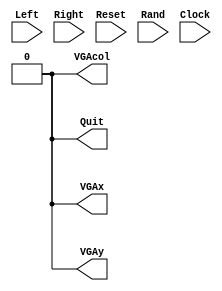
module BoatB(Left, Right, Reset, Rand, Clock, VGAx, VGAy, VGAcol, Quit);
	input Left;
	input Right;
	input Reset;
	input [15:0]Rand;
	input Clock;
	
	output VGAx;
	output VGAy;
	output VGAcol;
	output Quit;
	
	reg [21:0]ticks;
	reg [2:0]frames;
	
	parameter tperf = 22'd2; //3.125*10^6 ticks per frame - 2 ticks per frame while testing
	parameter fperb = 4'b1000; //8 frames per beat
	
	reg [2:0]position; //000:left; 001-100:centre; 101:right
	reg [1:0]direction; //0x:no movement; 10: right; 11: left
	reg [5:0]flcrew; //LSB: deck; MSB: water
	reg [5:0]mlcrew; //LSB: deck; MSB: water
	reg [5:0]mrcrew; //LSB: deck; MSB: water
	reg [5:0]frcrew; //LSB: deck; MSB: water
	reg [2:0]corpses;
	reg [2:0]volume; //crew in boat;
	
	reg [9:0]score;
	reg [1:0]lives; //lives used
	
	always @ (posedge Clock) begin
		if (Reset) begin
			ticks = 0;
			frames = 0;
			position = 1;
			direction = 0;
			flcrew = 0;
			mlcrew = 0;
			mrcrew = 0;
			frcrew = 0;
			corpses = 0;
			volume = 0;
			score = 0;
			lives = 0;
		end else begin
			ticks = ticks + 1;
			if (ticks == tperf) begin //every frame
				ticks = 0;
				frames = frames + 1;
				if (direction[1]) begin //if input
					if (direction[0] && |position) begin //if left and position != 00
						position = position - 1; //move left
					end else if (~direction[0] && position != 3'b101) begin //if right and position !=10
						position = position + 1; //move right
					end
					direction = 2'b00;
				end
				if (~|position || position != 3'b101) begin //empty boat and score
					score = score + volume;
					volume = 0;
				end
			end
			if (frames == fperb) begin //every beat
				frames = 0;
				corpses = 3'b000;
				if (flcrew[5]) begin //if crew about to fall in water
					if (position == 3'b001 && ~volume[2]) begin //if boat under crew && has room
						volume = volume + 1;
					end else begin
						lives = lives + 1;
						corpses = 3'b100;
					end
				end else if (mlcrew[5]) begin
					if (position == 3'b010 && ~volume[2]) begin
						volume = volume + 1;
					end else begin
						lives = lives + 1;
						corpses = 3'b101;
					end
				end else if (mrcrew[5]) begin
					if (position == 3'b011 && ~volume[2]) begin
						volume = volume + 1;
					end else begin
						lives = lives + 1;
						corpses = 3'b110;
					end
				end else if (frcrew[5]) begin
					if (position == 3'b100 && ~volume[2]) begin
						volume = volume + 1;
					end else begin
						lives = lives + 1;
						corpses = 3'b111;
					end
				end
				flcrew = flcrew << 1; //move crew
				mlcrew = mlcrew << 1;
				mrcrew = mrcrew << 1;
				frcrew = frcrew << 1;
				case (Rand%4) //add crew
					0: flcrew[0] = 1;
					1: mlcrew[0] = 1;
					2: mrcrew[0] = 1;
					3: frcrew[0] = 1;
				endcase
			end //(frames == fperb)
			if (Left && ~Right) begin
				direction = 2'b11;
			end else if (Right && ~Left) begin
				direction = 2'b10;
			end
		end
	end //always @ (posedge Clock)
	
	assign VGAx = 0;
	assign VGAy = 0;
	assign VGAcol = 0;
	assign Quit = 0;
endmodule